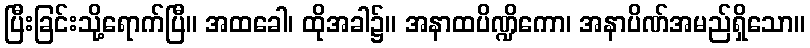
ပြီးခြင်းသို့ရောက်ပြီ။ အထခေါ၊ ထိုအခါ၌။ အနာထပိဏ္ဍိကော၊ အနာပိဏ်အမည်ရှိသော။